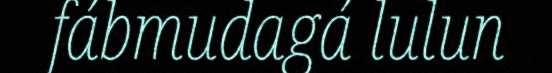
fábmudagá lulun